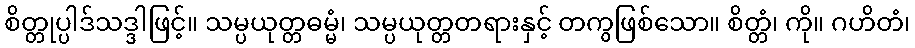
စိတ္တုပ္ပါဒ်သဒ္ဒါဖြင့်။ သမ္ပယုတ္တဓမ္မံ၊ သမ္ပယုတ္တတရားနှင့် တကွဖြစ်သော။ စိတ္တံ၊ ကို။ ဂဟိတံ၊